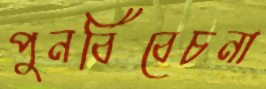
পুনর্বিবেচনা